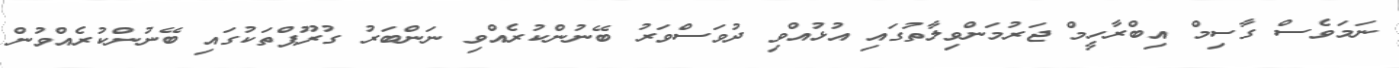
ނަމަވެސް ގާސިމް އިބްރާހީމް ޖަރުމަންވިލާތުގައި އުޅުއްވި ދުވަސްވަރު ބޭނުންކުރެއްވި ނަންބަރު ގުރޫޕްތަކުގައި ބޭނުންކުރެއްވުން